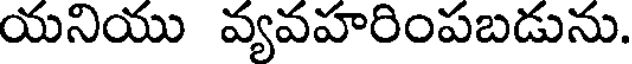
యనియు వ్యవహరింపబడును.